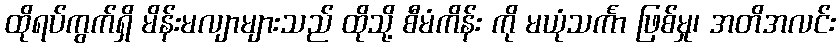
ထိုရပ်ကွက်ရှိ မိန်းမလျာများသည် ထိုသို့ စီမံကိန်း ကို မယုံသင်္ကာ ဖြစ်မှု၊ အတိအလင်း